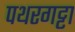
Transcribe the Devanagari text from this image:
पथरगट्टा